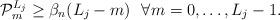
LaTeX: \begin{align*}\mathcal{P}_m^{L_j}\geq\beta_n(L_j-m)\ \ \forall m=0,\ldots,L_j-1.\end{align*}